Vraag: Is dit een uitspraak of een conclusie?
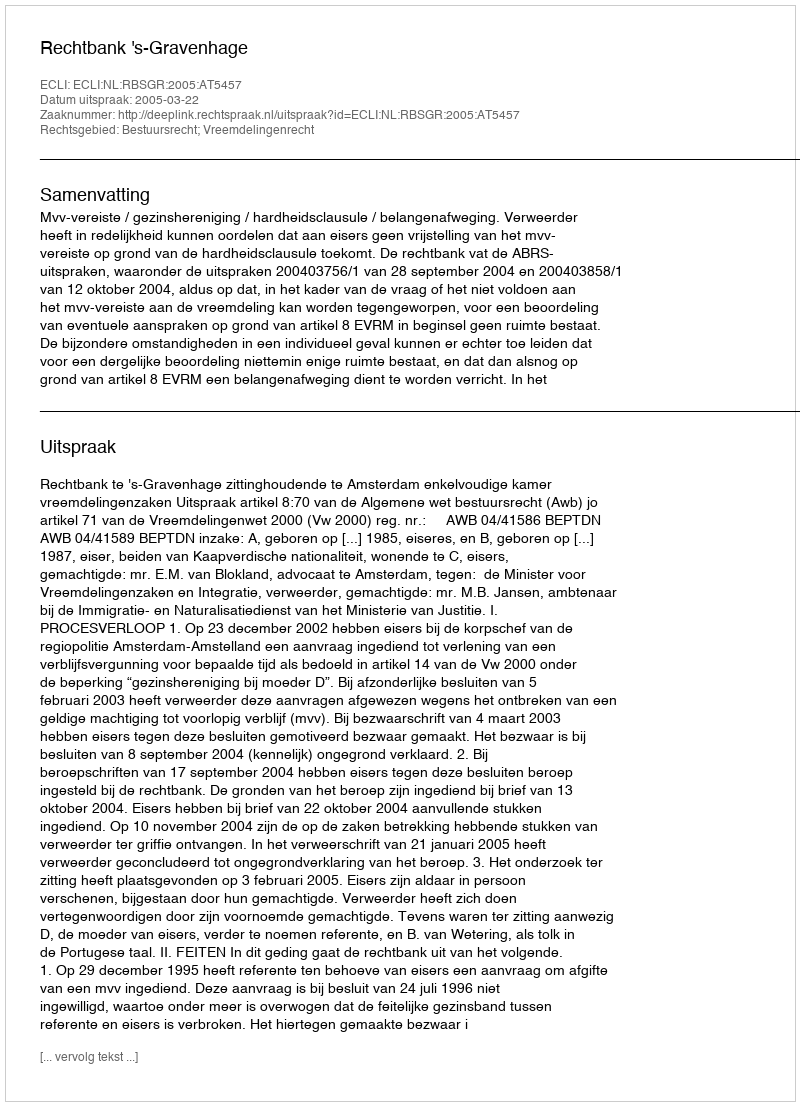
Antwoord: Uitspraak